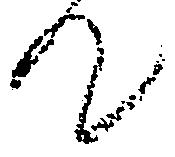
て